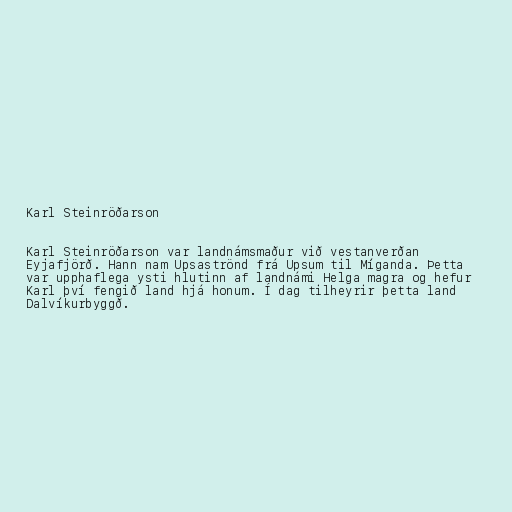
Karl Steinröðarson

Karl Steinröðarson var landnámsmaður við vestanverðan
Eyjafjörð. Hann nam Upsaströnd frá Upsum til Míganda. Þetta
var upphaflega ysti hlutinn af landnámi Helga magra og hefur
Karl því fengið land hjá honum. Í dag tilheyrir þetta land
Dalvíkurbyggð.